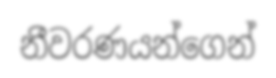
නීවරණයන්ගෙන්